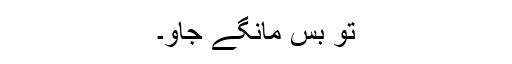
تو بس مانگے جاو۔